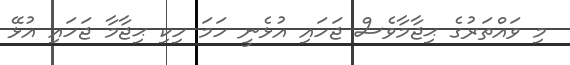
މި ވައްތަރުގެ ޙިޖާމާވެސް ޖަހައި އުޅެނީ ހަމަ ހިކި ޙިޖާމާ ޖަހައި އުޅޭ